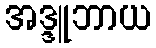
အဒ္ဒူဘာယ